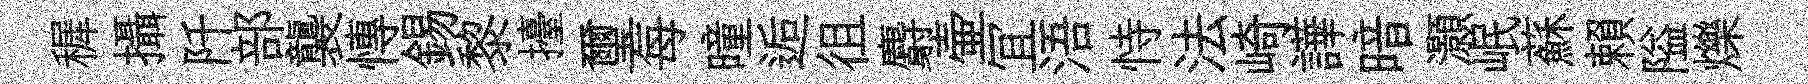
穉攝阡部襲慱錫黎擡璽每曈逅徂麝壷冝浯恃法崎譁暗灝岷蘇賴隘爍